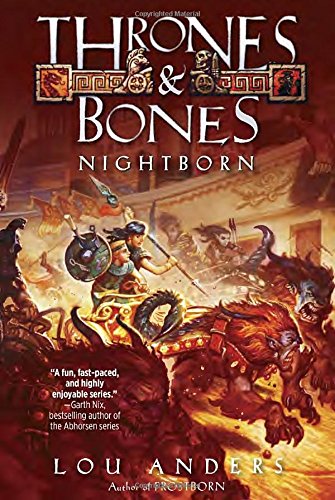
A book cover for Nightborn (Thrones and Bones); Lou Anders; Children's Books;